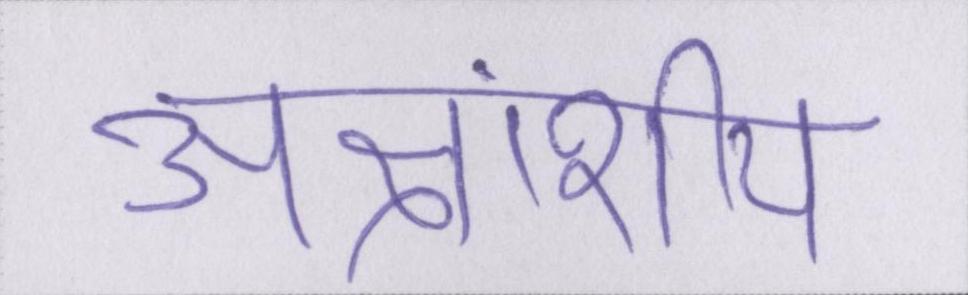
अक्षांशीय